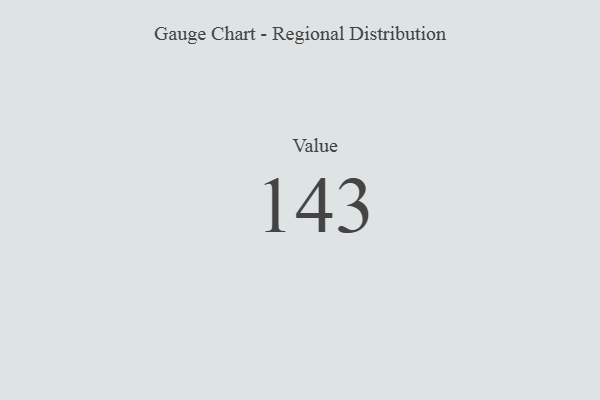
{"axis": {"x": "Metric", "y": "Value"}, "legend": [""], "data": [{"x": "Value", "y": 143, "type": ""}]}